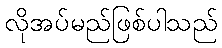
လိုအပ်မည်ဖြစ်ပါသည်